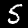
Label: 5